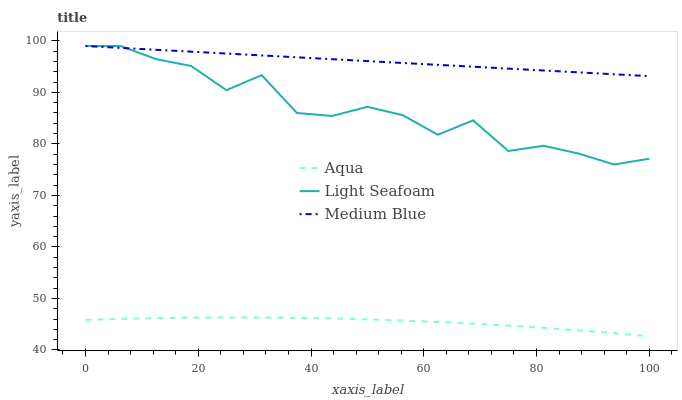
| xaxis_label | Aqua | Light Seafoam | Medium Blue |
 | --- | --- | --- | --- |
 | 0 | 45.8 | 99 | 99 |
 | 6.25 | 46 | 99 | 98.6 |
 | 12.5 | 46.2 | 96.5 | 98.3 |
 | 18.8 | 46.3 | 95.1 | 97.9 |
 | 25 | 46.3 | 90.4 | 97.5 |
 | 31.2 | 46.3 | 93.3 | 97.2 |
 | 37.5 | 46.2 | 86 | 96.8 |
 | 43.8 | 46.1 | 85.4 | 96.4 |
 | 50 | 45.9 | 87.2 | 96.1 |
 | 56.2 | 45.7 | 85.6 | 95.7 |
 | 62.5 | 45.4 | 81.8 | 95.3 |
 | 68.8 | 45.1 | 84.6 | 95 |
 | 75 | 44.7 | 78.6 | 94.6 |
 | 81.2 | 44.3 | 79.6 | 94.2 |
 | 87.5 | 43.8 | 78.1 | 93.9 |
 | 93.8 | 43.3 | 76 | 93.5 |
 | 100 | 42.7 | 77.1 | 93.2 |